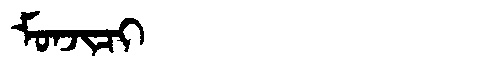
Manchu: ᠮᠣᠨᠵᡳᠴᡳ
Romanization: MONJICI